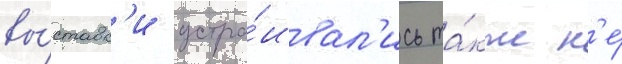
вы́ставк'и устра́ивал'ись та́кже н'е́